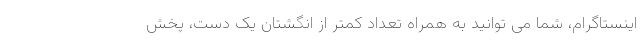
اینستاگرام، شما می توانید به همراه تعداد کمتر از انگشتان یک دست، پخش